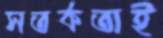
সতর্কতাই